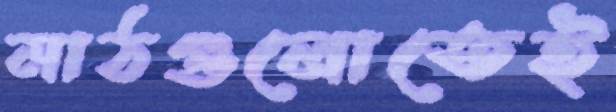
মাঠগুলোতেই